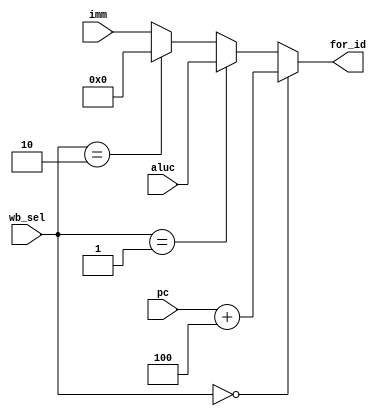
module pc4_aluc_sel (
    input [31:0] pc,
    input [31:0] aluc,
    input [31:0] imm,
    input [1:0]  wb_sel,
    output [31:0] for_id
);
    assign for_id = (wb_sel=='b0) ? (pc+4):
		    (wb_sel=='b01) ? aluc:
		    (wb_sel== 'b10) ? 'b0:
			imm;
endmodule